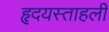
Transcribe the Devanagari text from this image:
हृदयस्ताहली